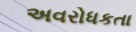
અવરોધકતા